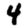
Digit: 4